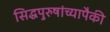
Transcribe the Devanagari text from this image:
सिद्धपुरुषांच्यापैकी